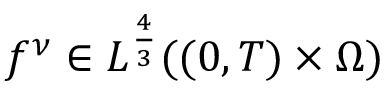
f ^ { \nu } \in L ^ { \frac 4 3 } ( ( 0 , T ) \times \Omega )